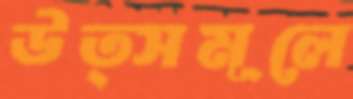
উত্সমূলে